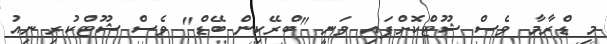
މި ޑްރާމާ ވެސް ޝޫޓްކޮށްފައި ވަނީ "ބްރޭކިން ބޭޑް" ވެސް ޝޫޓްކުރި ނިއު